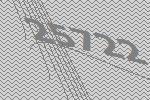
25722